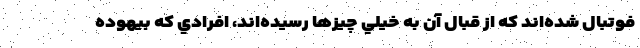
فوتبال شده‌اند كه از قبال آن به خيلي چيزها رسيده‌اند، افرادي كه بيهوده